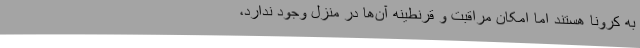
به کرونا هستند اما امکان مراقبت و قرنطینه آن‌ها در منزل وجود ندارد،